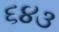
૬૪૩